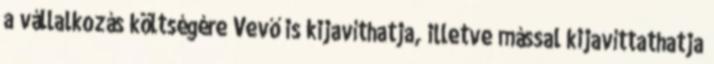
a vállalkozás költségére Vevő is kijavíthatja, illetve mással kijavíttathatja